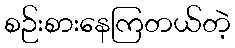
စဉ်းစားနေကြတယ်တဲ့